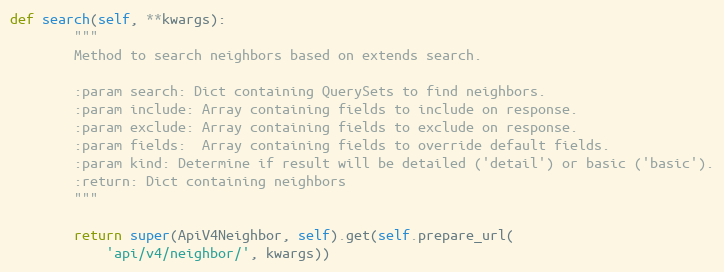
Language: Python
def search(self, **kwargs):
        """
        Method to search neighbors based on extends search.

        :param search: Dict containing QuerySets to find neighbors.
        :param include: Array containing fields to include on response.
        :param exclude: Array containing fields to exclude on response.
        :param fields:  Array containing fields to override default fields.
        :param kind: Determine if result will be detailed ('detail') or basic ('basic').
        :return: Dict containing neighbors
        """

        return super(ApiV4Neighbor, self).get(self.prepare_url(
            'api/v4/neighbor/', kwargs))